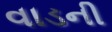
વાડની